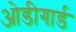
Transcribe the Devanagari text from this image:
ओडीगार्ड